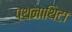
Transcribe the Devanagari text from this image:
पथनाथिटा